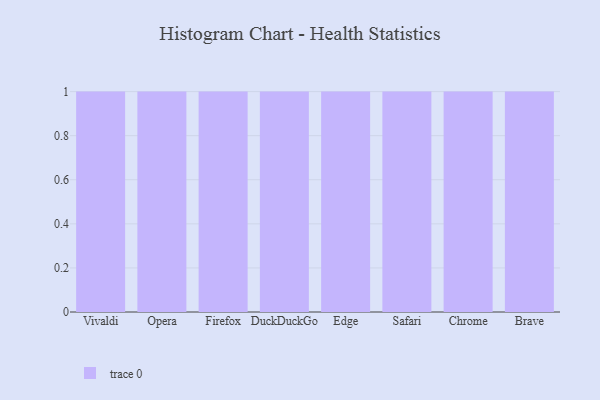
{"axis": {"x": "Browser", "y": "Humidity (%)"}, "legend": [""], "data": [{"x": "Vivaldi", "y": 79, "type": ""}, {"x": "Opera", "y": 70, "type": ""}, {"x": "Firefox", "y": 100, "type": ""}, {"x": "DuckDuckGo", "y": 4, "type": ""}, {"x": "Edge", "y": 86, "type": ""}, {"x": "Safari", "y": 90, "type": ""}, {"x": "Chrome", "y": 55, "type": ""}, {"x": "Brave", "y": 32, "type": ""}]}